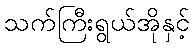
သက်ကြီးရွယ်အိုနှင့်